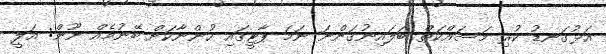
އަޅުގަނޑު ކުރި މަސައްކަތް ބަލައިނުގަންނަ ނަމަ ޕާޓީގައި ހުންނާކަށް ބޭނުމެއް ނޫން: އަލީ